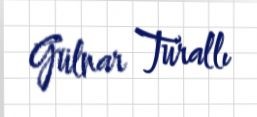
Gülnar Turallı